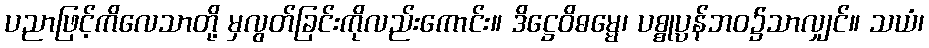
ပညာဖြင့်ကိလေသာတို့ မှလွတ်ခြင်းကိုလည်းကောင်း။ ဒိဋ္ဌေဝိဓမ္မေ၊ ပစ္စုပ္ပန်ဘဝ၌သာလျှင်။ သယံ၊